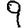
Digit: 9